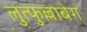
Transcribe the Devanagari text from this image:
लुत्फुल्लाबेग